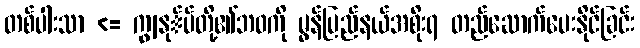
တစ်ပါးသာ <= ကျွနု်ပ်တို့၏ဘဝကို မွန်ပြည်နယ်အစိုးရ တည်ဆောက်ပေးနိုင်ခြင်း